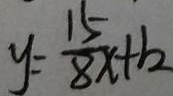
y = \frac { 1 5 } { 8 } x + 1 2